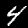
Label: 4